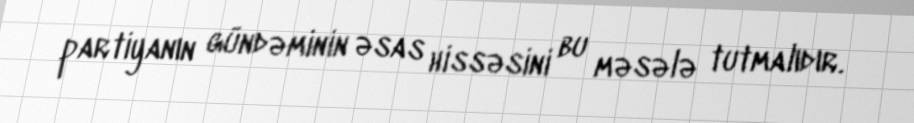
partiyanın gündəminin əsas hissəsini bu məsələ tutmalıdır.